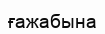
ғажабына